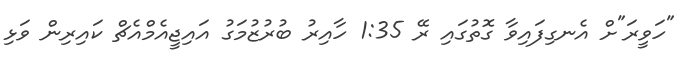
"ހަވީރަ"ށް އެނގިފައިވާ ގޮތުގައި ރޭ 1:35 ހާއިރު ބުރުޒުމަގު އައިޖީއެމްއެޗް ކައިރިން ވަޅި